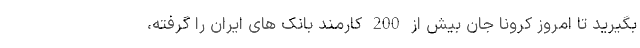
بگیرید تا امروز کرونا جان بیش از 200 کارمند بانک های ایران را گرفته،